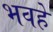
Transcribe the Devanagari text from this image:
भवहे